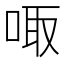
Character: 㖩